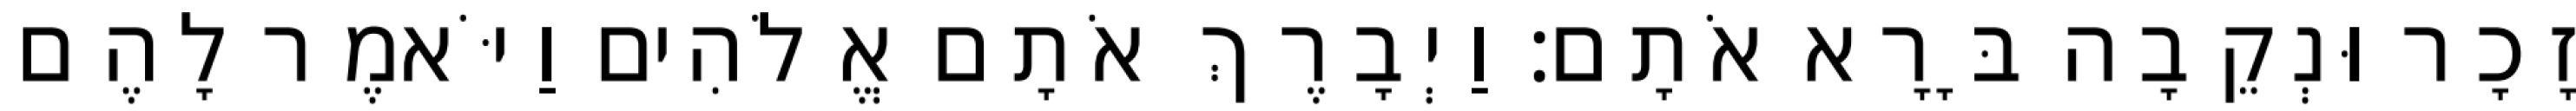
זָכָר וּנְקֵבָה בָּרָא אֹתָם׃ וַיְבָרֶךְ אֹתָם אֱלֹהִים וַיֹּאמֶר לָהֶם